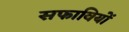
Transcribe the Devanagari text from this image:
सफावियों